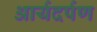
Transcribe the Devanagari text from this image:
आर्यदर्पण